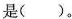
是( )。